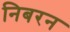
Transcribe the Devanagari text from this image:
निबरन